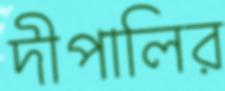
দীপালির